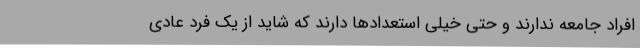
افراد جامعه ندارند و حتی خیلی استعدادها دارند که شاید از یک فرد عادی